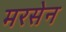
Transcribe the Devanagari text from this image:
मरसेन